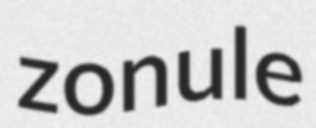
zonule